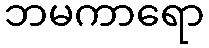
ဘမကာရော